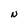
Character: N